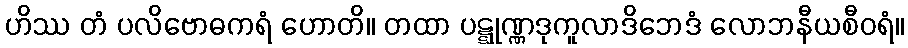
ဟိဿ တံ ပလိဗောဓကရံ ဟောတိ။ တထာ ပဋ္ဋုဏ္ဏဒုကူလာဒိဘေဒံ လောဘနီယစီဝရံ။